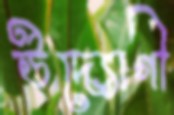
উদ্যোগী